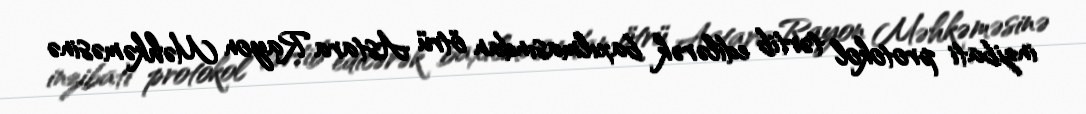
inzibati protokol tərtib edilərək baxılmasından ötrü Astara Rayon Məhkəməsinə